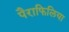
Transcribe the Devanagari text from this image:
पैराफिलिया